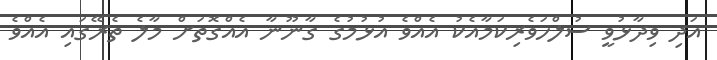
އަދި ވިދާޅުވީ ސުލްހަވެރިކަމާއެކު އެއްވެ އުޅުމުގެ ގާނޫނާ އެއްގޮތަށް މާލެ ތެރޭގައި އެއްވެ